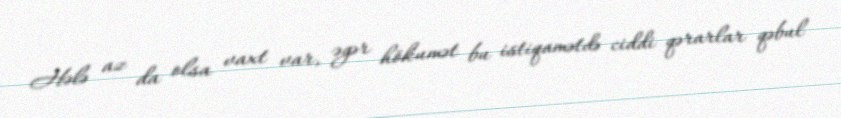
Hələ az da olsa vaxt var, əgər hökumət bu istiqamətdə ciddi qərarlar qəbul